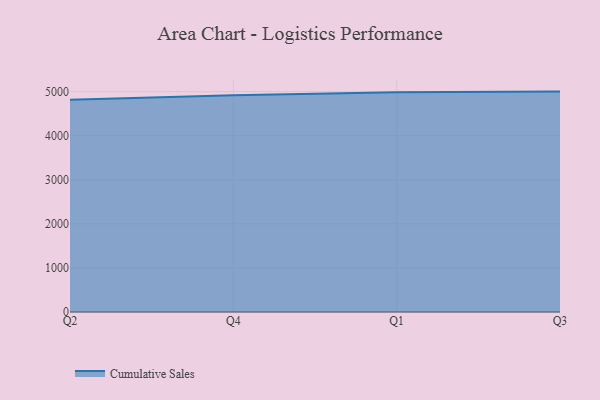
{"axis": {"x": "Quarter", "y": "Population (Million)"}, "legend": ["Cumulative Sales"], "data": [{"x": "Q2", "y": 4816.4, "type": "Cumulative Sales"}, {"x": "Q4", "y": 4919.3, "type": "Cumulative Sales"}, {"x": "Q1", "y": 4983.1, "type": "Cumulative Sales"}, {"x": "Q3", "y": 5000, "type": "Cumulative Sales"}]}